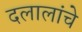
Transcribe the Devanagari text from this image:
दलालांचे